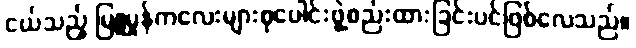
ငယ်သည့် မြူမှုန်ကလေးများစုပေါင်းဖွဲ့စည်းထားခြင်းပင်ဖြစ်လေသည်။